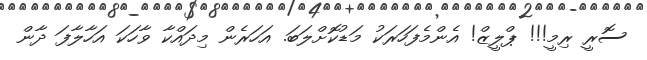
ސޮރީ ރިމީ!!! ޕްލީޒް! އެންމެފަހަރަކު މަޑުކޮށްލަބަ. އަހަރެން މިދައްކާ ވާހަކަ އަހާލާފަ ދާން